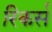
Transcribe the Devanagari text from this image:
रिकर्स